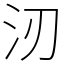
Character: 㲽